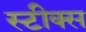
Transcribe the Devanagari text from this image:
स्टीक्स